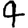
Digit: 4